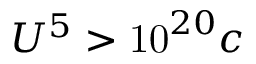
U ^ { 5 } > \mathrm { { 1 0 } } ^ { 2 0 } c